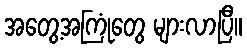
အတွေ့အကြုံတွေ များလာပြီ။